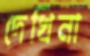
দেখিনা